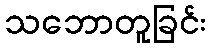
သဘောတူခြင်း